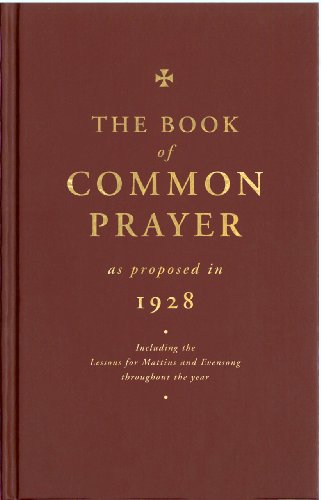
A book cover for The Book of Common Prayer: As Proposed in 1928; The Church of England; Christian Books & Bibles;